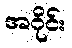
အဝိုင်း